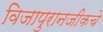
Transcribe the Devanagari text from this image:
विजापुरानजीकचे